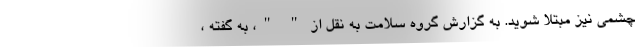
چشمی نیز مبتلا شوید. به گزارش گروه سلامت به نقل از " "، به گفته ،